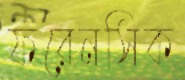
ফরেনসিক